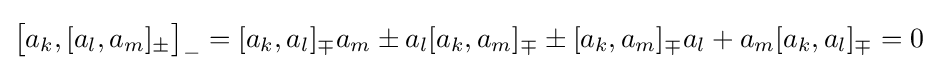
{\big [}a_{k},[a_{l},a_{m}]_{\pm }{\big ]}_{-}=[a_{k},a_{l}]_{\mp }a_{m}\pm a_{l}[a_{k},a_{m}]_{\mp }\pm [a_{k},a_{m}]_{\mp }a_{l}+a_{m}[a_{k},a_{l}]_{\mp }=0